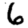
Digit: 6